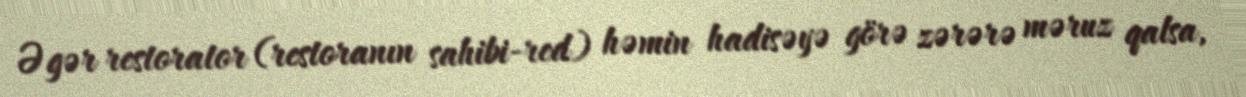
Əgər restorator (restoranın sahibi-red) həmin hadisəyə görə zərərə məruz qalsa,